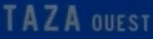
TAZA OUEST